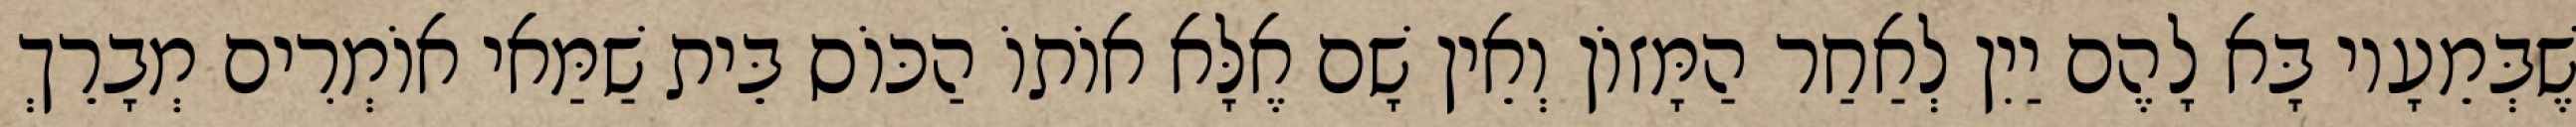
שֶׁבְּמֵעָיו בָּא לָהֶם יַיִן לְאַחַר הַמָּזוֹן וְאֵין שָׁם אֶלָּא אוֹתוֹ הַכּוֹס בֵּית שַׁמַּאי אוֹמְרִים מְבָרֵךְ